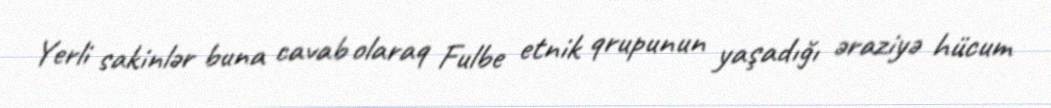
Yerli sakinlər buna cavab olaraq Fulbe etnik qrupunun yaşadığı əraziyə hücum